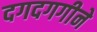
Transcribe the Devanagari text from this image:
दगदगगीने